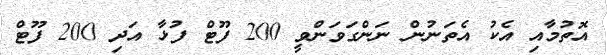
އޮތުމާއި އެކު އެތަނުން ނަންގަވަންވީ 200 ފޫޓް ފުޅާ އަދި 200 ފޫޓް